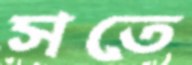
সতে